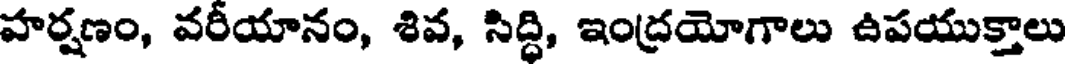
హర్షణం, వరీయానం, శివ, సిద్ధి, ఇంద్రయోగాలు ఉపయుక్తాలు